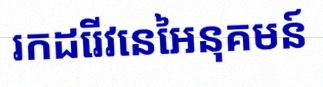
រកដេរីវេនៃអនុគមន៍